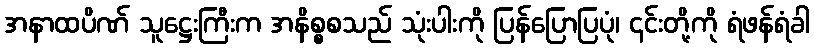
အနာထပိဏ် သူဋ္ဌေးကြီးက အနိစ္စစသည် သုံးပါးကို ပြန်ပြောပြပုံ၊ ၎င်းတို့ကို ရံဖန်ရံခါ